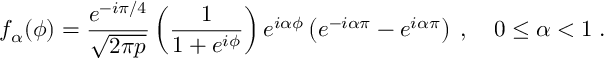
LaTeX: f _ { \alpha } ( \phi ) = { \frac { e ^ { - i \pi / 4 } } { \sqrt { 2 \pi p } } } \left( { \frac { 1 } { 1 + e ^ { i \phi } } } \right) e ^ { i \alpha \phi } \left( e ^ { - i \alpha \pi } - e ^ { i \alpha \pi } \right) \; , \quad 0 \le \alpha < 1 \; .